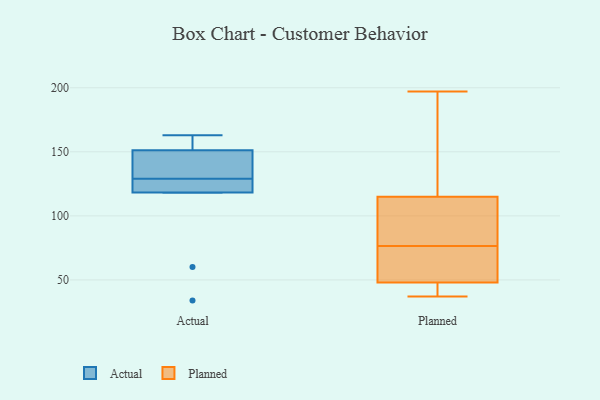
{"axis": {"x": "Market Share (%)", "y": "Value"}, "legend": ["Actual", "Planned"], "data": [{"x": "", "y": 119, "type": "Actual"}, {"x": "", "y": 163, "type": "Actual"}, {"x": "", "y": 34, "type": "Actual"}, {"x": "", "y": 118, "type": "Actual"}, {"x": "", "y": 146, "type": "Actual"}, {"x": "", "y": 129, "type": "Actual"}, {"x": "", "y": 153, "type": "Actual"}, {"x": "", "y": 60, "type": "Actual"}, {"x": "", "y": 125, "type": "Actual"}, {"x": "", "y": 132, "type": "Actual"}, {"x": "", "y": 158, "type": "Actual"}, {"x": "", "y": 77, "type": "Planned"}, {"x": "", "y": 44, "type": "Planned"}, {"x": "", "y": 68, "type": "Planned"}, {"x": "", "y": 76, "type": "Planned"}, {"x": "", "y": 42, "type": "Planned"}, {"x": "", "y": 197, "type": "Planned"}, {"x": "", "y": 37, "type": "Planned"}, {"x": "", "y": 47, "type": "Planned"}, {"x": "", "y": 89, "type": "Planned"}, {"x": "", "y": 94, "type": "Planned"}, {"x": "", "y": 173, "type": "Planned"}, {"x": "", "y": 186, "type": "Planned"}, {"x": "", "y": 115, "type": "Planned"}, {"x": "", "y": 53, "type": "Planned"}, {"x": "", "y": 115, "type": "Planned"}, {"x": "", "y": 49, "type": "Planned"}]}